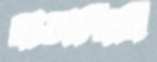
ছাড়াচ্ছিলি